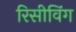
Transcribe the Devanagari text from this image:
रिसीविंग